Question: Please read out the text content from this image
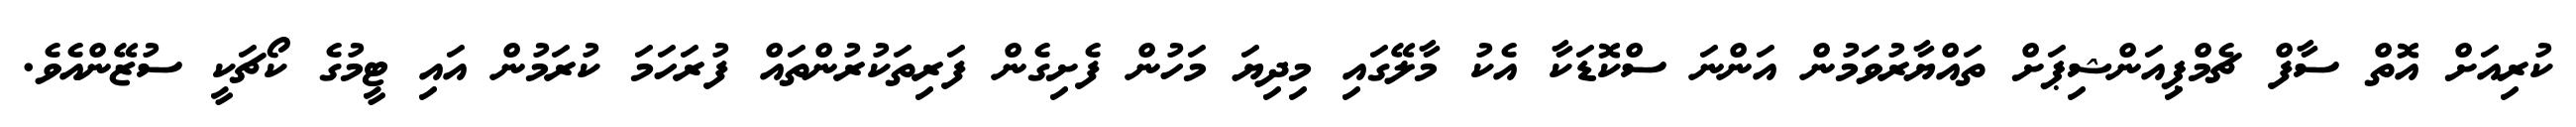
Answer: ކުރިއަށް އޮތް ސާފް ޗެމްޕިއަންޝިޕަށް ތައްޔާރުވަމުން އަންނަ ސްކޮޑަކާ އެކު މާލޭގައި މިދިޔަ މަހުން ފެށިގެން ފަރިތަކުރުންތައް ފުރަހަމަ ކުރަމުން އައި ޓީމުގެ ކޯޗަކީ ސުޒޭންއެވެ.